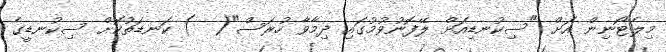
މިލެޓޯނިން އަށް "ސިކުނޑިއަށް ލޭފޮނުވުމުގައި ދިމާވާ ހުރަސް"(  ) ކަނޑަތުކޮށް ސިކުނޑީގެ